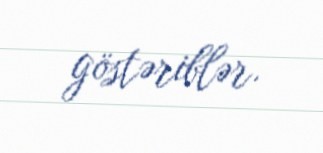
göstəriblər.